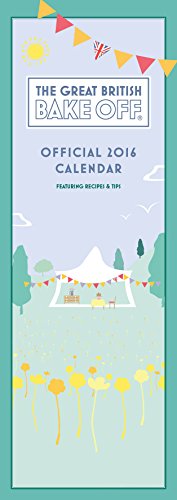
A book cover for The Official Great British Bake off 2016 Slim Calendar; Calendars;